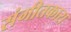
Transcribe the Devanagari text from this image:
संगीतकारा